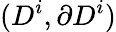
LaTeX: (D^{i},\partial D^{i})